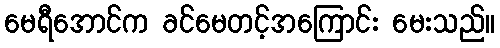
မေရီအောင်က ခင်မေတင့်အကြောင်း မေးသည်။